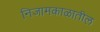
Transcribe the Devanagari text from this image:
निजामकाळातील